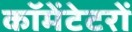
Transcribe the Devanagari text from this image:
कॉमेंटेटरों